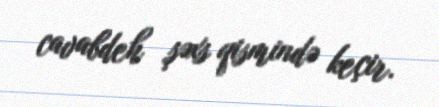
cavabdeh şəxs qismində keçir.